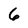
Character: 6